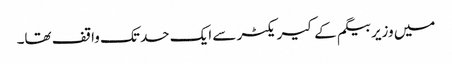
میں وزیر بیگم کے کیریکٹر سے ایک حد تک واقف تھا۔